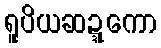
ရူပိယဆဍ္ဍကော